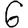
Digit: 6